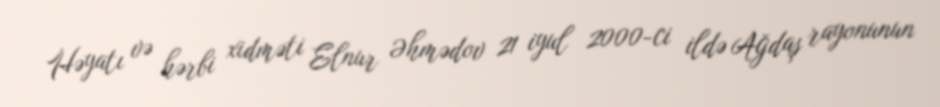
Həyatı və hərbi xidməti Elnur Əhmədov 21 iyul 2000-ci ildə Ağdaş rayonunun